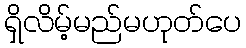
ရှိလိမ့်မည်မဟုတ်ပေ